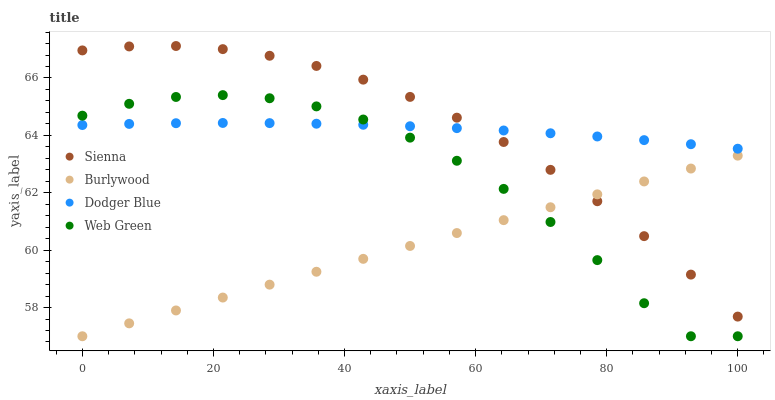
| xaxis_label | Sienna | Burlywood | Dodger Blue | Web Green |
 | --- | --- | --- | --- | --- |
 | 0 | 67 | 57 | 64.4 | 64.7 |
 | 7.14 | 67.1 | 57.4 | 64.4 | 65.1 |
 | 14.3 | 67.1 | 57.9 | 64.4 | 65.3 |
 | 21.4 | 67 | 58.3 | 64.4 | 65.4 |
 | 28.6 | 66.8 | 58.8 | 64.4 | 65.3 |
 | 35.7 | 66.4 | 59.2 | 64.4 | 65 |
 | 42.9 | 65.9 | 59.7 | 64.4 | 64.6 |
 | 50 | 65.3 | 60.1 | 64.3 | 63.9 |
 | 57.1 | 64.6 | 60.6 | 64.3 | 63.1 |
 | 64.3 | 63.8 | 61 | 64.2 | 62.1 |
 | 71.4 | 62.8 | 61.5 | 64.1 | 61 |
 | 78.6 | 61.7 | 61.9 | 64 | 59.7 |
 | 85.7 | 60.5 | 62.4 | 63.8 | 58.2 |
 | 92.9 | 59.1 | 62.8 | 63.7 | 57 |
 | 100 | 57.7 | 63.3 | 63.5 | 57 |